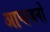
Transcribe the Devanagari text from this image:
आप्तजनों